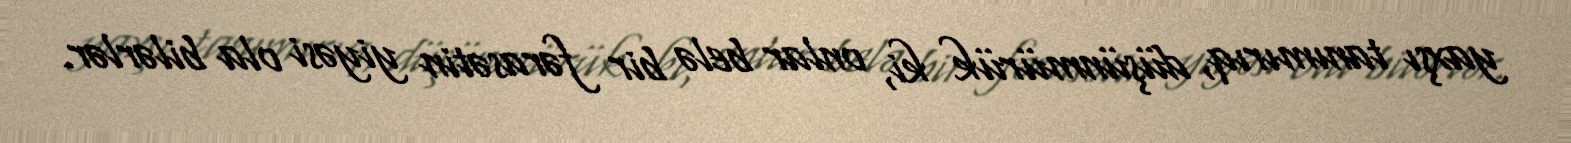
yaxşı tanımırıq, düşünmürük ki, onlar belə bir fərasətin yiyəsi ola bilərlər.